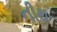
નીથ